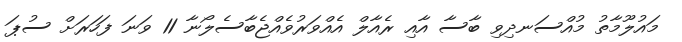
މައުލޫމާތު މުއްސަނދިވި ބާސާ އާއި ރެއާލް އެއްވަރުވެއްޖެބާސެލޯނާ 11 ވަނަ ފަހަރަށް ސުޕަ